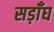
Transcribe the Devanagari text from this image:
सड़ाँघ